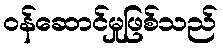
ဝန်ဆောင်မှုဖြစ်သည်